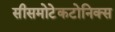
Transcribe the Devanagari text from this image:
सीसमोटेकटोनिक्‍स